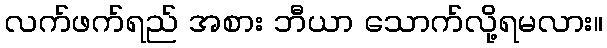
လက်ဖက်ရည် အစား ဘီယာ သောက်လို့ရမလား။